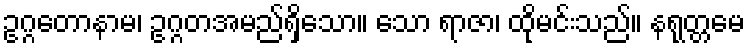
ဥဂ္ဂတောနာမ၊ ဥဂ္ဂတအမည်ရှိသော။ သော ရာဇာ၊ ထိုမင်းသည်။ နရုတ္တမေ